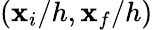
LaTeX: (\mathbf{x}_{i}/h,\mathbf{x}_{f}/h)